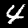
Label: 4